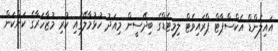
އައިލެންޑް އެކްސްޕާޓް ޕްރައިވެޓް ލިމިޓެޑްގެ ބިދޭސީން މިއަދު ހުޅުމާލޭގައި ކުރި މުޒާހަރާގެ ކަންކަން